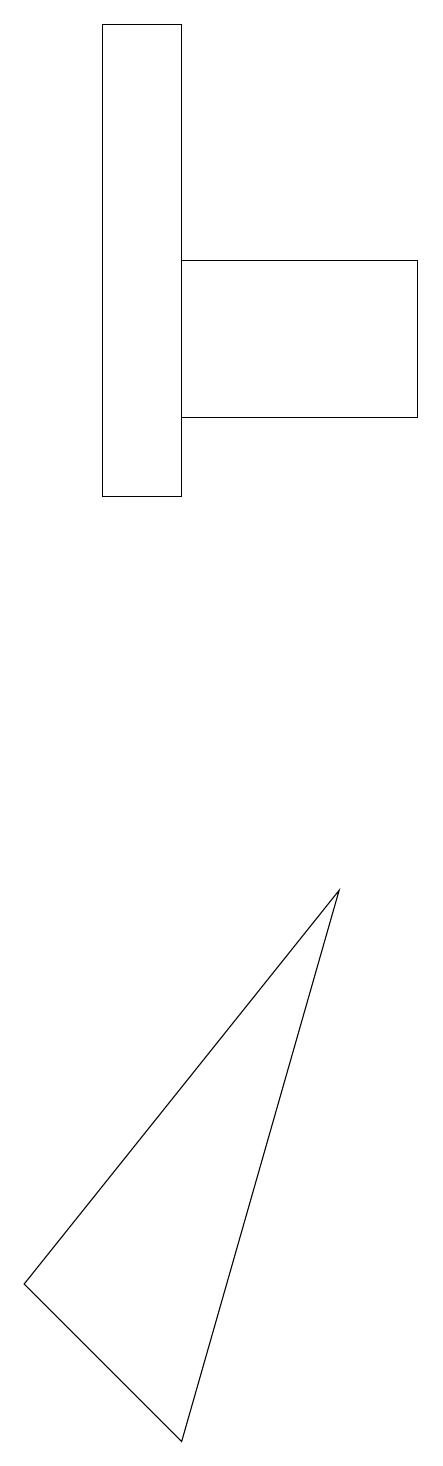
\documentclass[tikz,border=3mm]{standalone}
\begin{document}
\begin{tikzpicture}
\draw (5,8) -- (3,1) -- (1,3) -- cycle;
\draw (2,13) rectangle (3,19);
\draw (6,14) rectangle (3,16);
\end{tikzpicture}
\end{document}